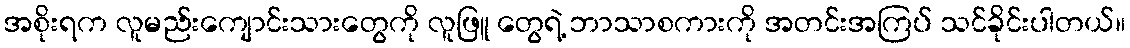
အစိုးရက လူမည်းကျောင်းသားတွေကို လူဖြူ တွေရဲ့ ဘာသာစကားကို အတင်းအကြပ် သင်ခိုင်းပါတယ်။